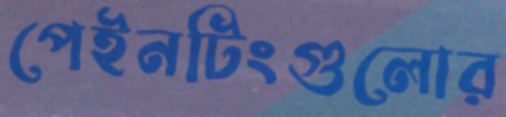
পেইনটিংগুলোর